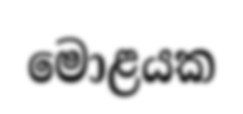
මොළයක